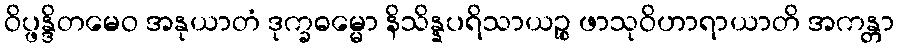
ဝိပ္ဖန္ဒိတမေဝ အနုယာတံ ဒုက္ခဓမ္မော နိသိန္နပရိသာယဉ္စ ဖာသုဝိဟာရာယာတိ အကန္တာ